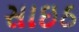
સાઇઠ